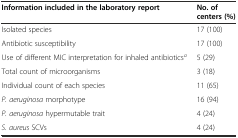
| Information included in the laboratory report | No. of centers (%) |
 | --- | --- |
 | Isolated species | 17 (100) |
 | Antibiotic susceptibility | 17 (100) |
 | Use of different MIC interpretation for inhaled antibioticsa | 5 (29) |
 | Total count of microorganisms | 3 (18) |
 | Individual count of each species | 11 (65) |
 | P. aeruginosa morphotype | 16 (94) |
 | P. aeruginosa hypermutable trait | 4 (24) |
 | S. aureus SCVs | 4 (24) |